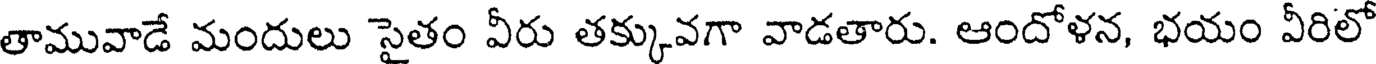
తామువాడే మందులు సైతం వీరు తక్కువగా వాడతారు. ఆందోళన, భయం వీరిలో